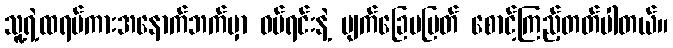
သူ့ရဲ့ထရပ်ကားအနောက်ဘက်မှာ ဝပ်ရင်းနဲ့ မျက်ခြေမပြတ် စောင့်ကြည့်တတ်ပါတယ်။